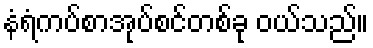
နံရံကပ်စာအုပ်စင်တစ်ခု ဝယ်သည်။